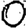
Digit: 0